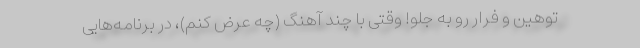
توهین و فرار رو به جلو! وقتی با چند آهنگ (چه عرض کنم)، در برنامه‌هایی